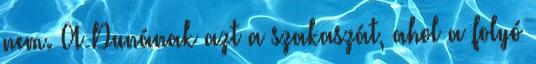
nem. A Dunának azt a szakaszát, ahol a folyó